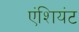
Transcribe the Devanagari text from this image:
एंशियंट